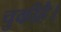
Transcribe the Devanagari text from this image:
चुकीहै।